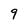
Character: 9